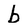
Character: b